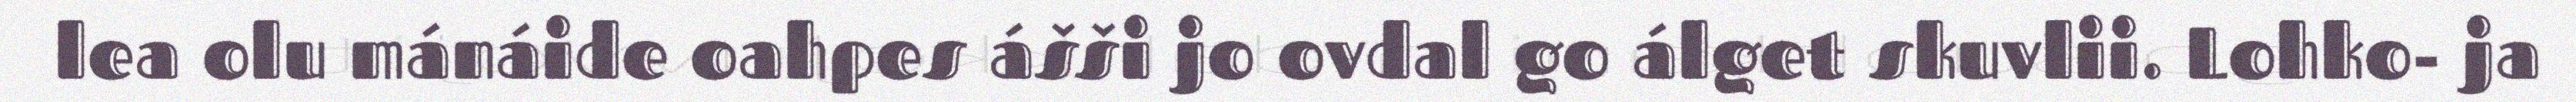
lea olu mánáide oahpes ášši jo ovdal go álget skuvlii. Lohko- ja